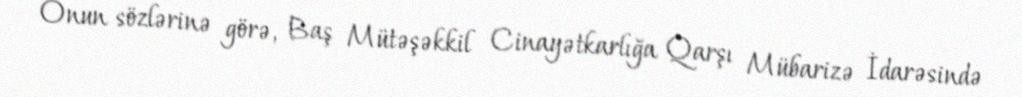
Onun sözlərinə görə, Baş Mütəşəkkil Cinayətkarlığa Qarşı Mübarizə İdarəsində